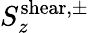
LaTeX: S_{z}^{\mathrm{shear,\pm}}